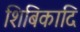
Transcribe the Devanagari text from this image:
शिबिकादि